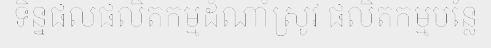
ទិន្នផលផលិតកម្មដំណាំស្រូវ ផលិតកម្មបន្លែ